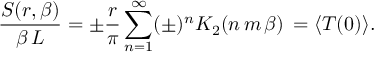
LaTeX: { \frac { S ( r , \beta ) } { \beta \, L } } = \pm { \frac { r } { \pi } } \sum _ { n = 1 } ^ { \infty } ( \pm ) ^ { n } K _ { 2 } ( n \, m \, \beta ) \nonumber \, = \langle T ( 0 ) \rangle .